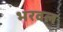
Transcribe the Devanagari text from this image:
भरवल